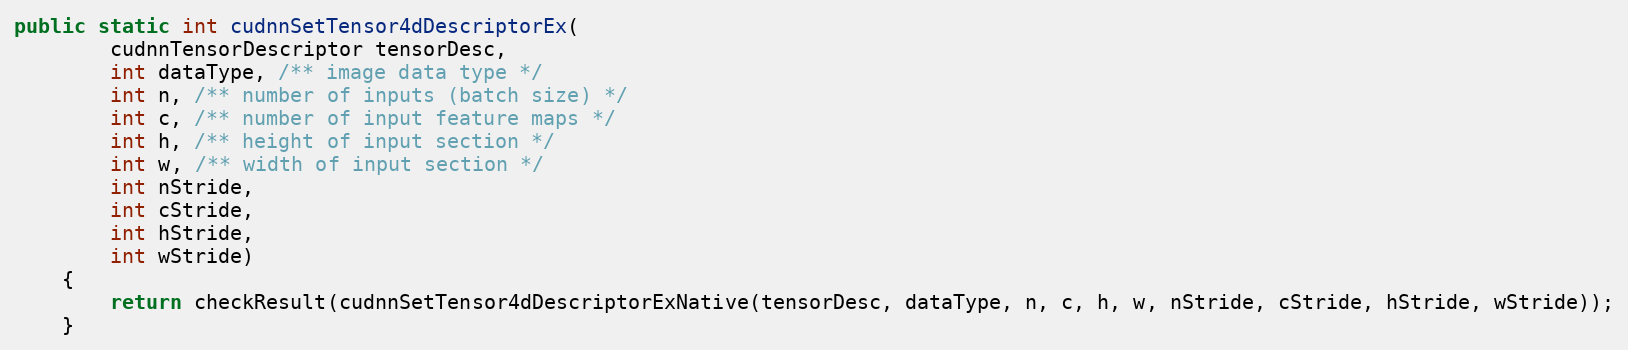
Language: Java
public static int cudnnSetTensor4dDescriptorEx(
        cudnnTensorDescriptor tensorDesc,
        int dataType, /** image data type */
        int n, /** number of inputs (batch size) */
        int c, /** number of input feature maps */
        int h, /** height of input section */
        int w, /** width of input section */
        int nStride,
        int cStride,
        int hStride,
        int wStride)
    {
        return checkResult(cudnnSetTensor4dDescriptorExNative(tensorDesc, dataType, n, c, h, w, nStride, cStride, hStride, wStride));
    }